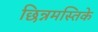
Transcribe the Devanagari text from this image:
छिन्नमस्तिके